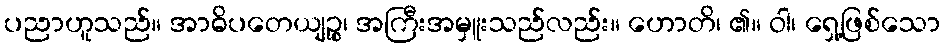
ပညာဟူသည်။ အာဓိပတေယျဉ္စ၊ အကြီးအမှူးသည်လည်း။ ဟောတိ၊ ၏။ ဝါ၊ ရှေ့ဖြစ်သော